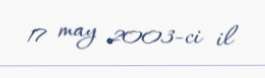
17 may 2003-ci il